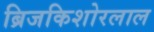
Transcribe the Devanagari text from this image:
ब्रिजकिशोरलाल